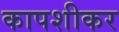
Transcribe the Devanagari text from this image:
कापशीकर